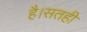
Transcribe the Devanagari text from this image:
है।सतही